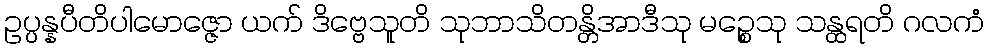
ဥပ္ပန္နပီတိပါမောဇ္ဇော ယက် ဒိဗ္ဗေသူတိ သုဘာသိတန္တိအာဒီသု မဉ္စေသု သန္ထရတိ ဂလကံ